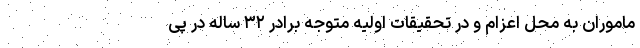
ماموران به محل اعزام و در تحقیقات اولیه متوجه برادر ۳۲ ساله در پی